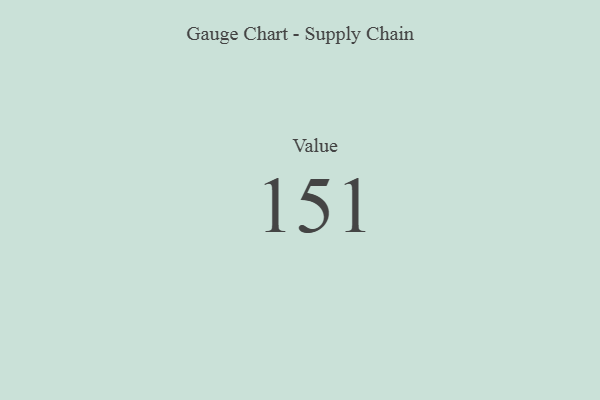
{"axis": {"x": "Metric", "y": "Value"}, "legend": [""], "data": [{"x": "Value", "y": 151, "type": ""}]}